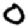
Digit: 0